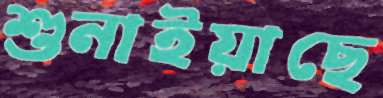
শুনাইয়াছে